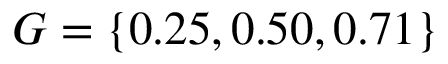
G = \{ 0 . 2 5 , 0 . 5 0 , 0 . 7 1 \}